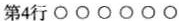
第4行